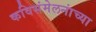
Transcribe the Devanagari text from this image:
कविसंमेलनांच्या